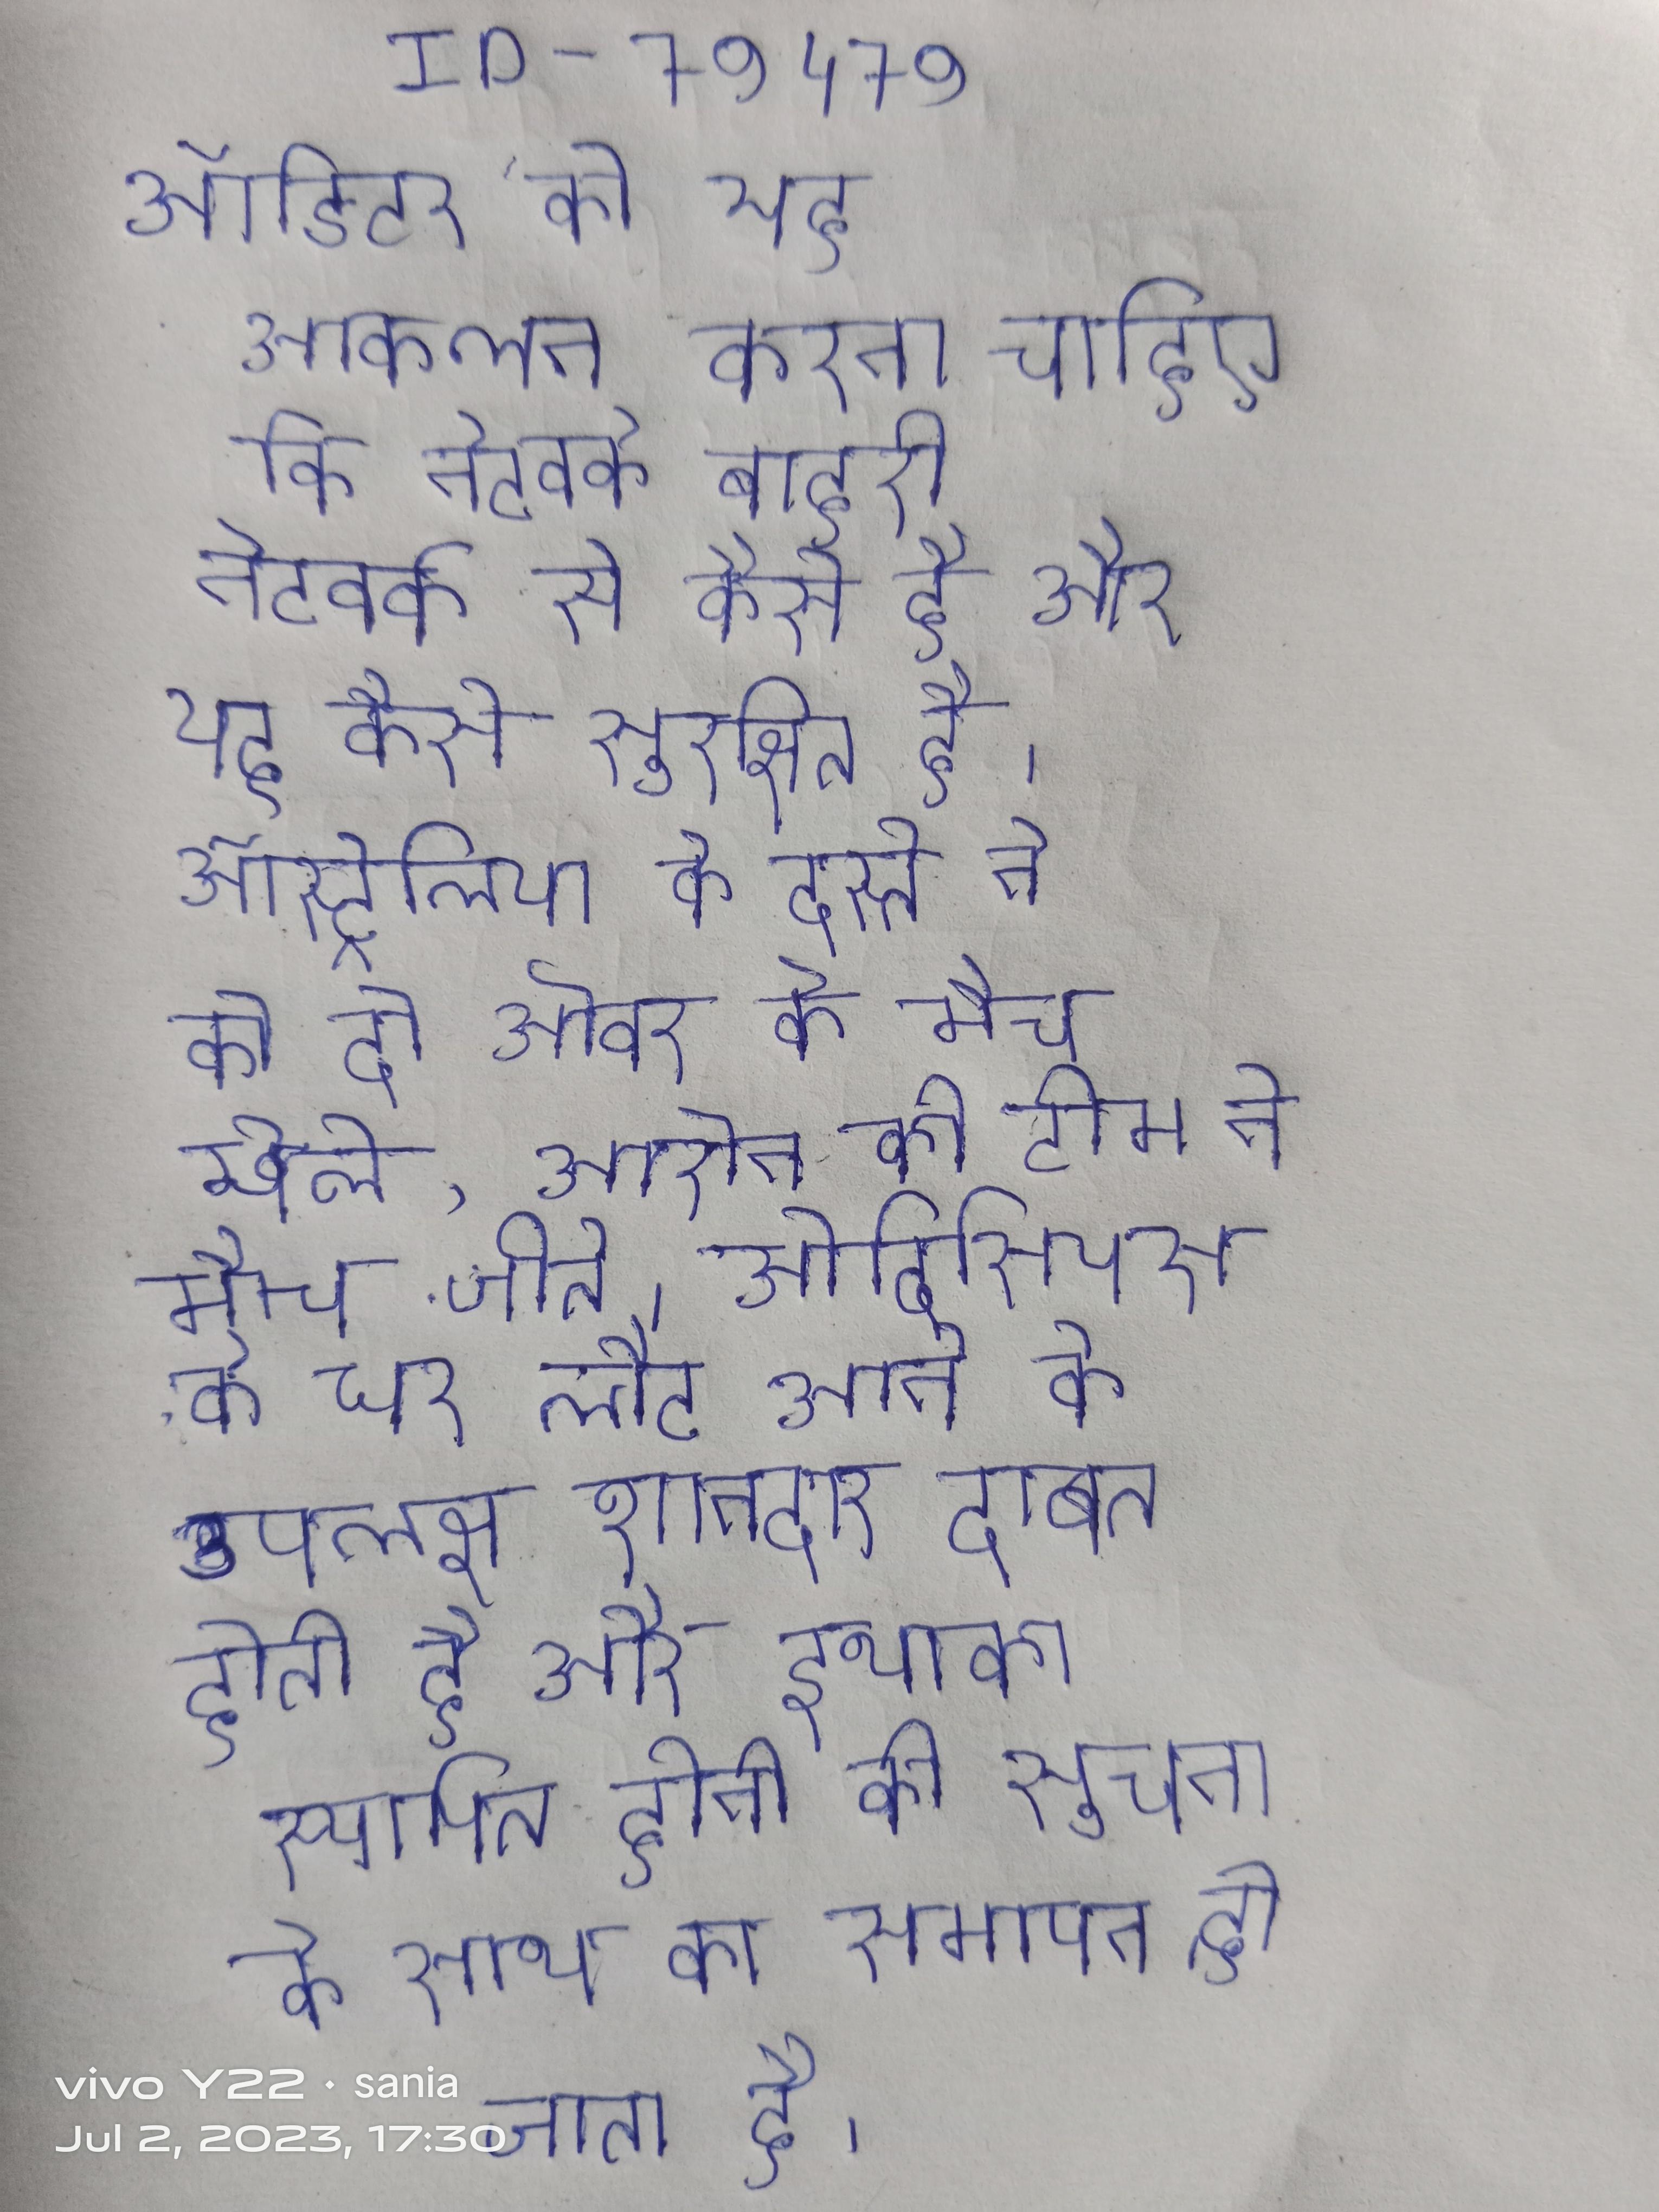
ऑडिटर को यह आकलन करना चाहिए कि नेटवर्क बाहरी नेटवर्क से कैसे है और यह कैसे सुरक्षित है । ऑस्ट्रेलिया के दस्ते ने को दो ओवर के मैच खेले, आरोन की टीम ने मैच जीते । ओदिसियस के घर लौट आने के उपलक्ष शानदार दावत होती है और इथाका स्थापित होने की सूचना के साथ का समापन हो जाता है ।